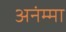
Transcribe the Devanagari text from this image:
अनंम्मा